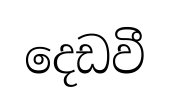
දෙඩවී